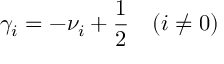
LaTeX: \gamma _ { i } = - \nu _ { i } + \frac 1 2 \quad ( i \not = 0 )